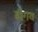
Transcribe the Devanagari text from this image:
डीगव